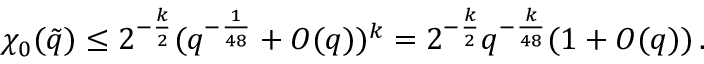
\chi _ { 0 } ( \tilde { q } ) \le 2 ^ { - \frac { k } { 2 } } ( q ^ { - \frac { 1 } { 4 8 } } + O ( q ) ) ^ { k } = 2 ^ { - \frac { k } { 2 } } q ^ { - \frac { k } { 4 8 } } ( 1 + O ( q ) ) \, .